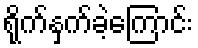
ရိုက်နှက်ခဲ့ကြောင်း